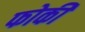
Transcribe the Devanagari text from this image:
फोकी